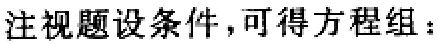
注视题设条件，可得方程组：